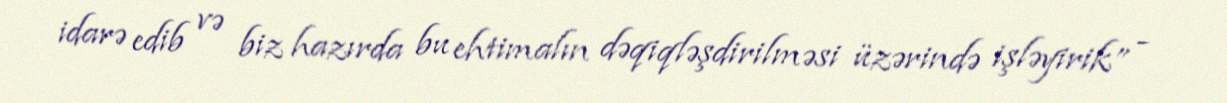
idarə edib və biz hazırda bu ehtimalın dəqiqləşdirilməsi üzərində işləyirik” -